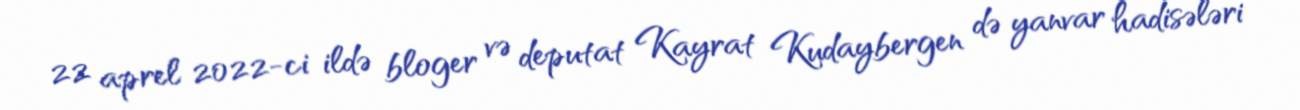
22 aprel 2022-ci ildə bloger və deputat Kayrat Kudaybergen də yanvar hadisələri